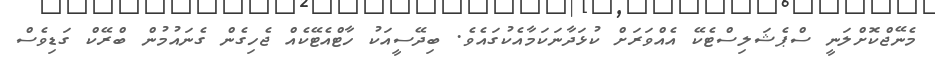
މެނޭޖްކޮށްލަނީ ސްޕެޝަލިސްޓެކޭ އެއްވަރަށް ކުޅަދާނަކަމާއެކުގައެވެ. ބިދޭސީއަކު ހާޓްއެޓޭކެއް ޖެހިގެން ގެނައުމުން ބްރޭކް ގަޑިވެސް